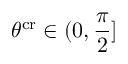
\theta ^ { \mathrm { c r } } \in ( 0 , \frac { \pi } { 2 } ]